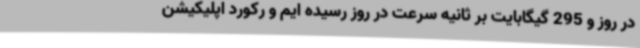
در روز و 295 گیگابایت بر ثانیه سرعت در روز رسیده ایم و رکورد اپلیکیشن